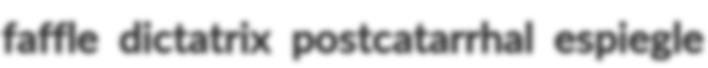
faffle dictatrix postcatarrhal espiegle